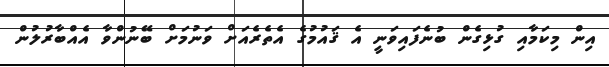
އިން މިކަމާއި ގުޅިގެން ބުނެފައިވަނީ އެ ޤައުމުގެ އެތެރެއަށް ވަނުމަށް ބޭނުންވާ އެއްބާރުލުން